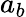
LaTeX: a_{b}